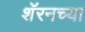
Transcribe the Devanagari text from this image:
शॅरनच्या